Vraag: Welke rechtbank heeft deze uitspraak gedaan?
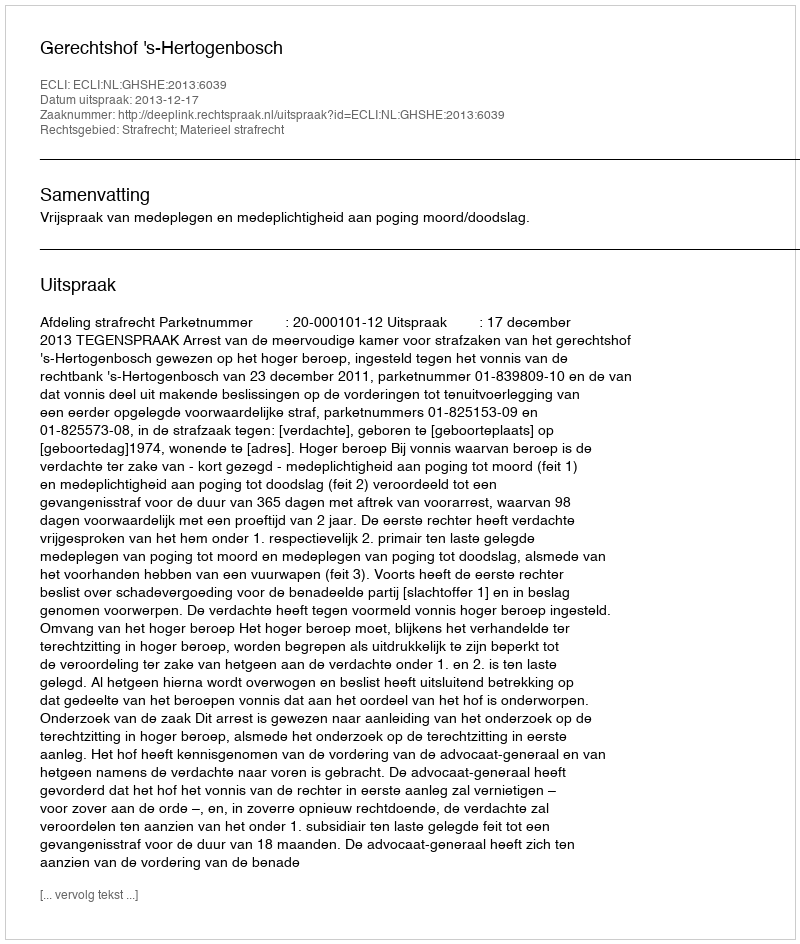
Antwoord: Gerechtshof 's-Hertogenbosch